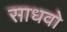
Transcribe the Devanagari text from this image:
साधवो